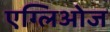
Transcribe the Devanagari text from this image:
एग्लिओज